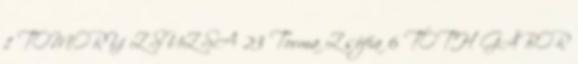
1 TOMORY ZSUZSA 23 Torma Zsófia 6 TÓTH GÁBOR